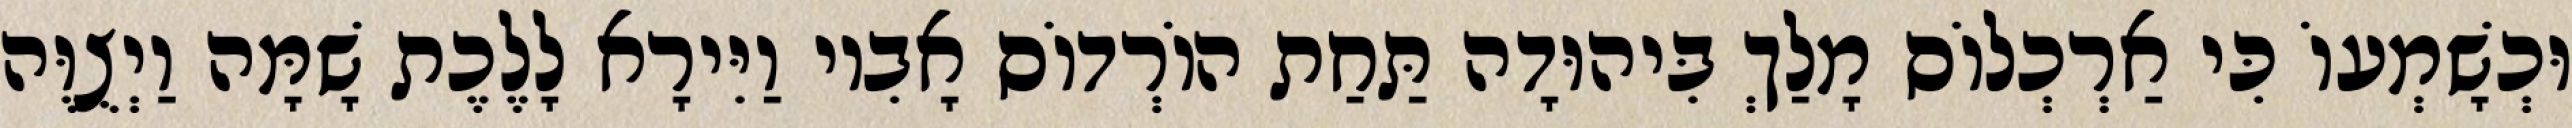
וּכְשָׁמְעוֹ כִּי אַרְכְלוֹס מָלַךְ בִּיהוּדָה תַּחַת הוֹרְדוֹס אָבִיו וַיִּירָא לָלֶכֶת שָׁמָּה וַיְצֻוֶּה